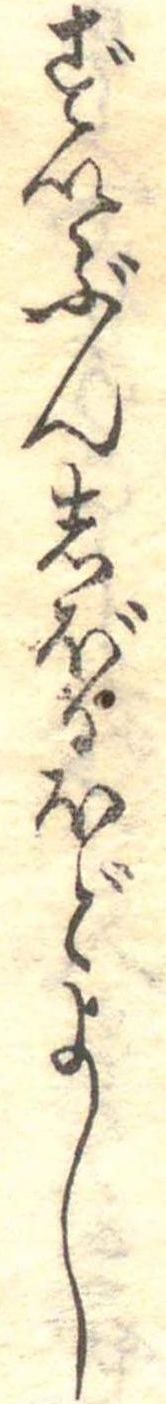
ずいぶんしぼるほどよし